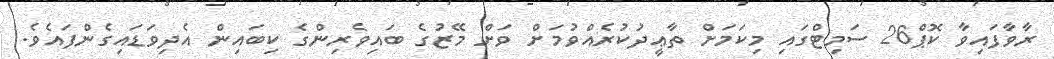
ރާވާފައިވާ ކޮޕް26 ސަމިޓްގައި މިކަމަށް ތާޢީދުކުރެއްވުމަށް ވަށް މޭޒުގެ ބައިވެރިންގެ ކިބައިން އެދިވަޑައިގެންފައެވެ.